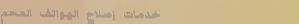
خدمات إصلاح الهواتف المحم